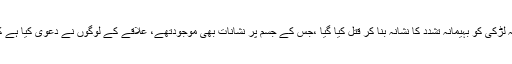
اے آر وائی نیوز کے مطابق چوبیس سالہ لڑکی کو بہیمانہ تشدد کا نشانہ بنا کر قتل کیا گیا ،جس کے جسم پر نشانات بھی موجودتھے، علاقے کے لوگوں نے دعویٰ کیا ہے کہ لڑکی کو سنگسار کر کے قتل کیا گیا۔